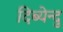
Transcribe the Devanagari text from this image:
दिब्येन्दु